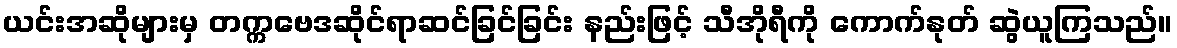
ယင်းအဆိုများမှ တက္ကဗေဒဆိုင်ရာဆင်ခြင်ခြင်း နည်းဖြင့် သီအိုရီကို ကောက်နုတ် ဆွဲယူကြသည်။